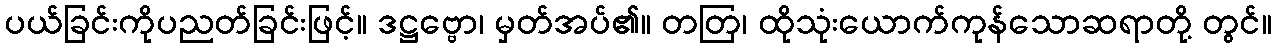
ပယ်ခြင်းကိုပညတ်ခြင်းဖြင့်။ ဒဋ္ဌဗ္ဗော၊ မှတ်အပ်၏။ တတြ၊ ထိုသုံးယောက်ကုန်သောဆရာတို့ တွင်။